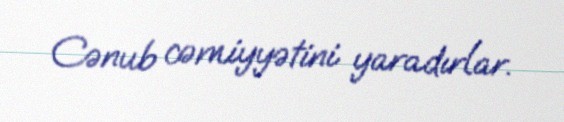
Cənub cəmiyyətini yaradırlar.